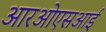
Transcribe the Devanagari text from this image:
आरओएसआई